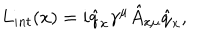
L _ { i n t } ( x ) = i \hat { q } _ { x } \gamma ^ { \mu } \hat { A } _ { x \mu } \hat { q } _ { x } ,